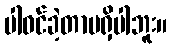
ပါဝင်ခဲ့တာမရှိပါဘူး။